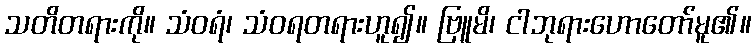
သတိတရားကို။ သံဝရံ၊ သံဝရတရားဟူ၍။ ဗြူမိ၊ ငါဘုရားဟောတော်မူ၏။